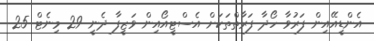
އެންޑީއޭއިން ފަރުވާ ހޯދާ ފަރާތްތަކަށް އެސްޓީއޯއިން ވަޒީފާ ދެނީ 29 މިނެޓް 25